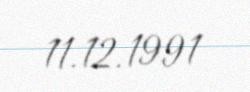
11.12.1991